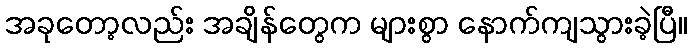
အခုတော့လည်း အချိန်တွေက များစွာ နောက်ကျသွားခဲ့ပြီ။